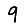
Digit: 9